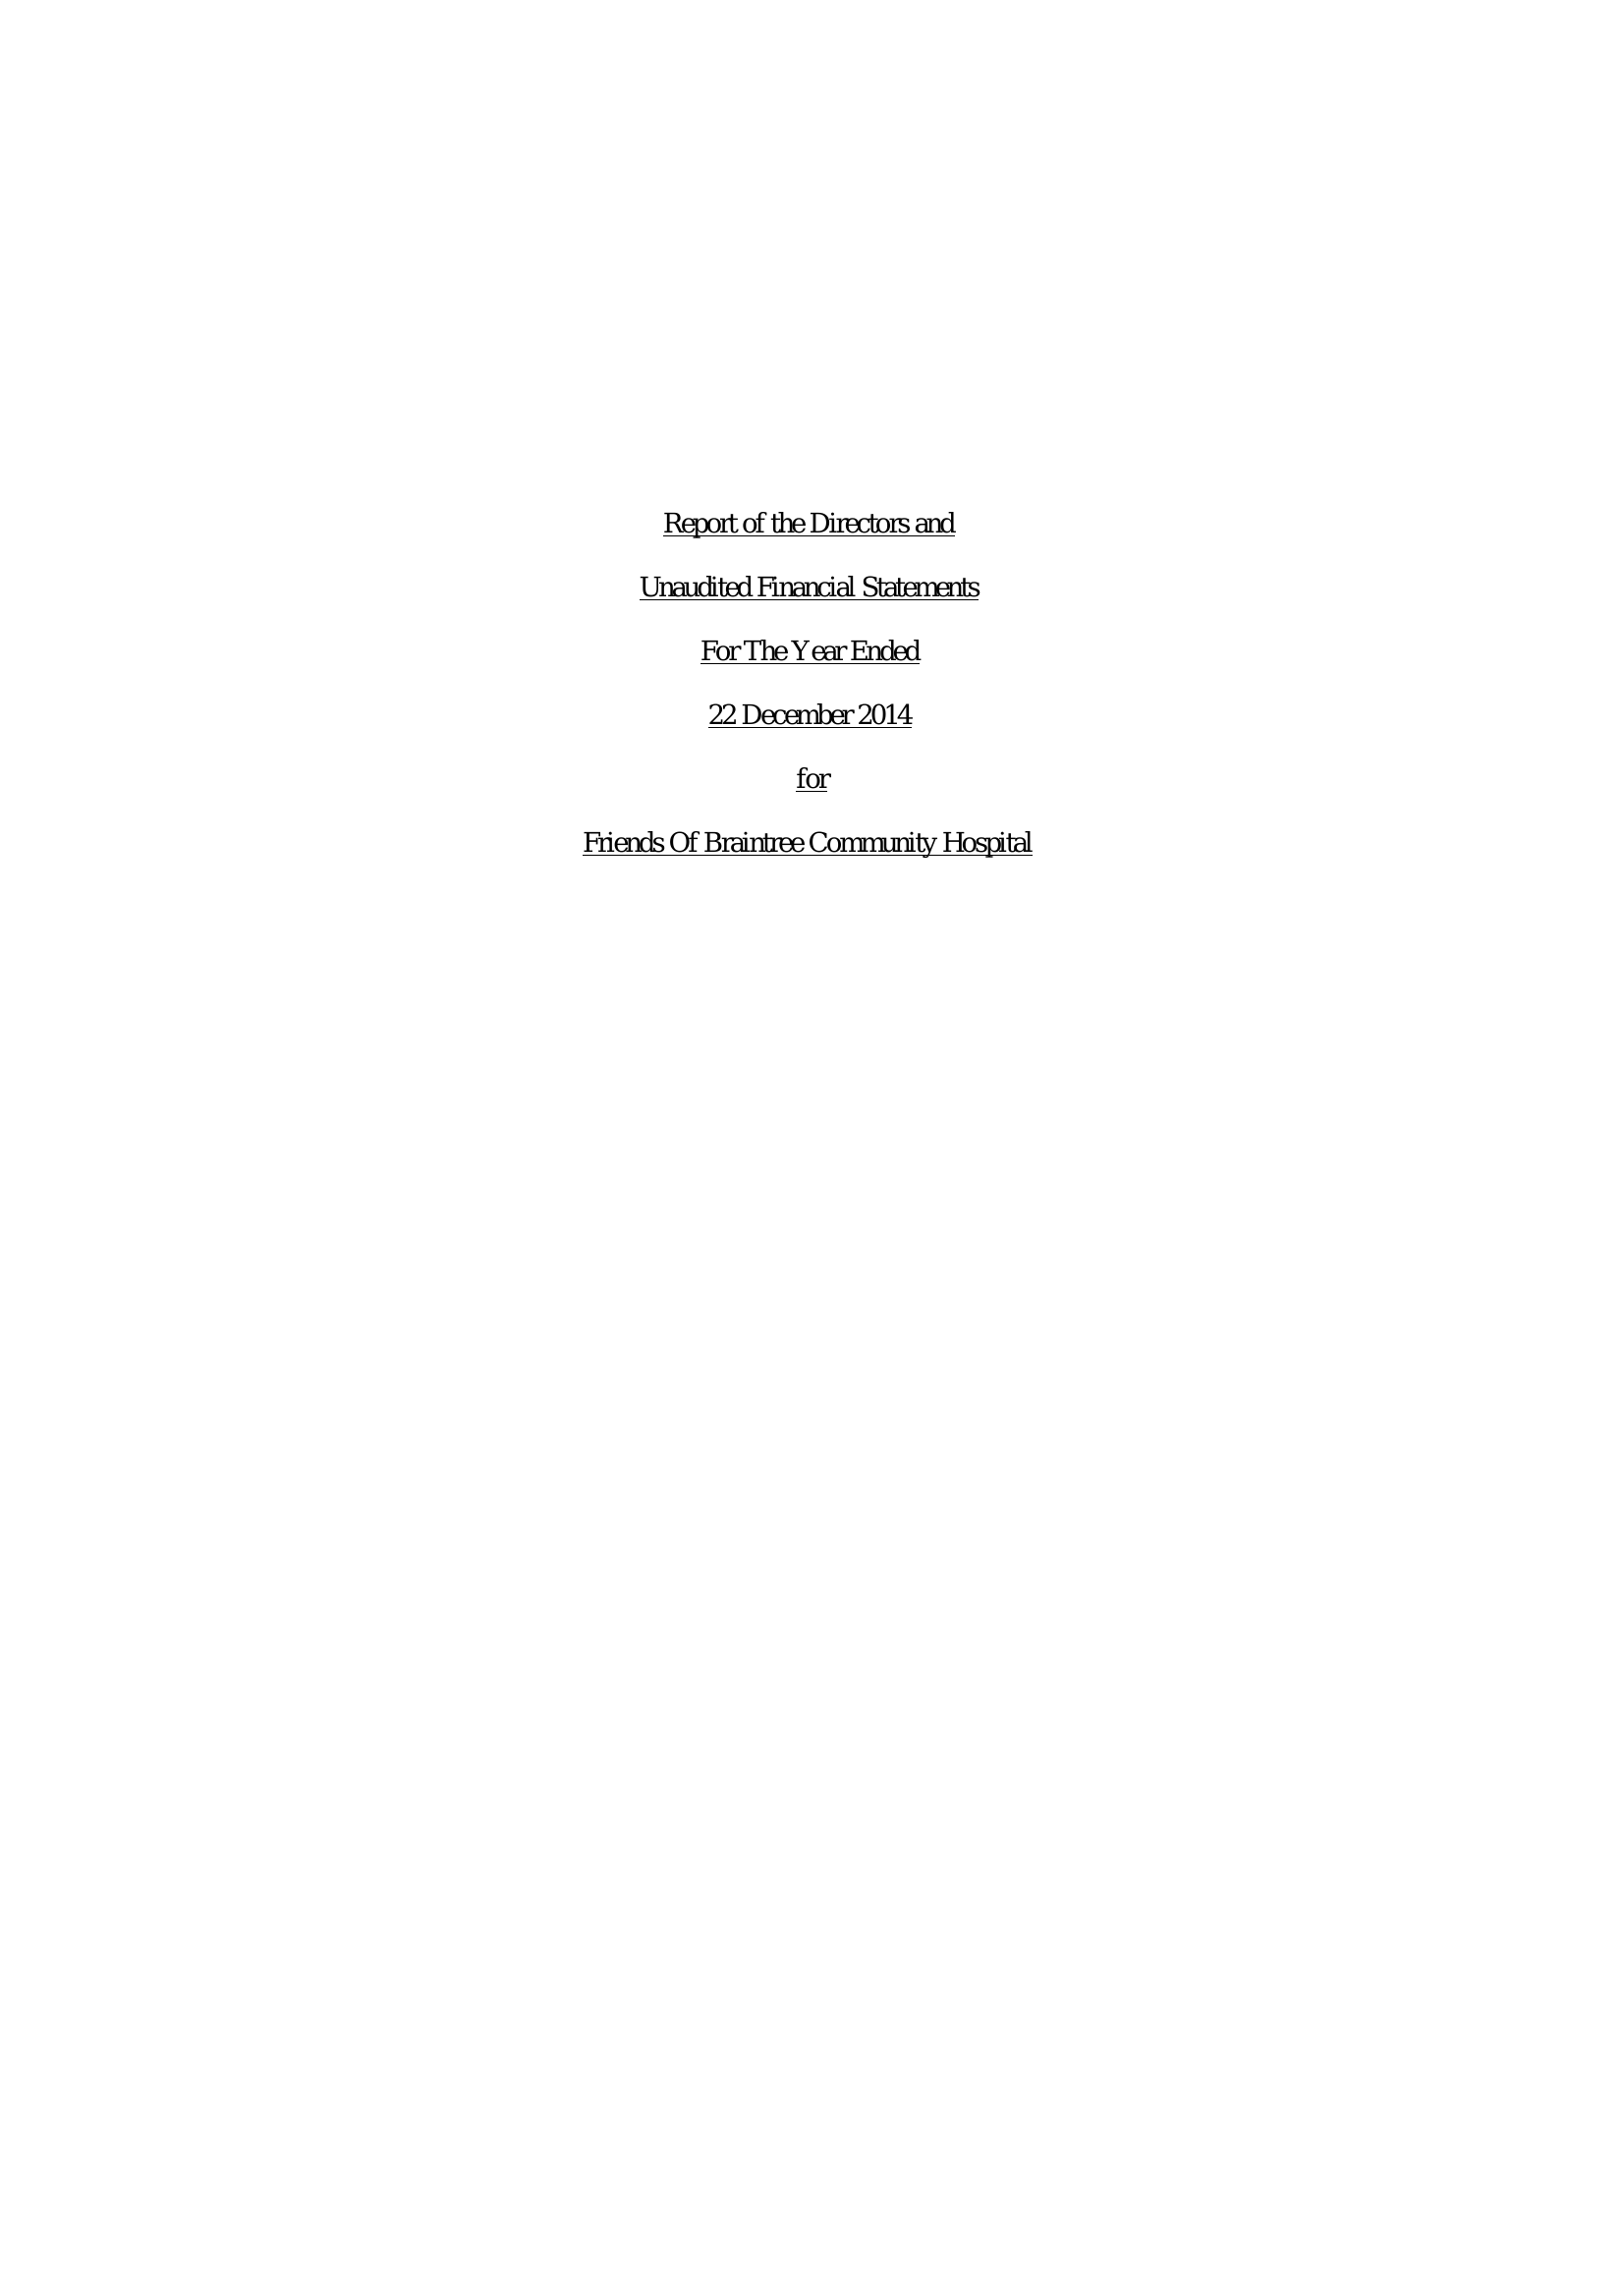
Report of the Directors and
     Unaudited Financial Statements

     For The Year Ended
     22 December 2014
     for
     Friends Of Braintree Community Hospital